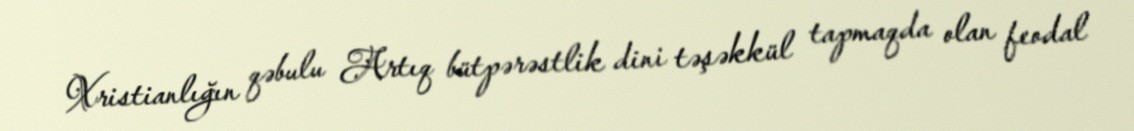
Xristianlığın qəbulu Artıq bütpərəstlik dini təşəkkül tapmaqda olan feodal